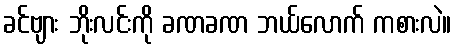
ခင်ဗျား ဘိုးလင်းကို ခဏခဏ ဘယ်လောက် ကစားလဲ။